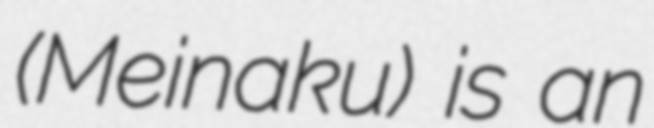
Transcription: (Meinaku) is an